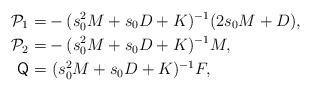
LaTeX: \begin{align*}\mathcal{P}_{1} = & - (s_{0}^{2}M+s_{0}D+K)^{-1}(2s_{0}M+ D), \\\mathcal{P}_{2} = &-(s_{0}^{2}M+s_{0}D+K)^{-1}M, \\\mathsf{Q} = & \ (s_{0}^{2}M+s_{0}D+K)^{-1}F,\end{align*}